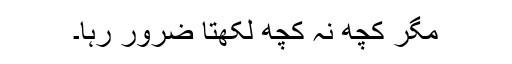
مگر کچھ نہ کچھ لکھتا ضرور رہا۔